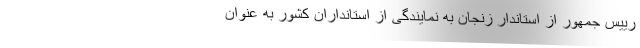
رییس جمهور از استاندار زنجان به نمایندگی از استانداران کشور به عنوان